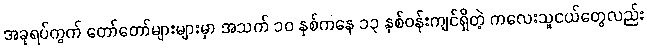
အခုရပ်ကွက် တော်တော်များများမှာ အသက် ၁၀ နှစ်ကနေ ၁၃ နှစ်ဝန်းကျင်ရှိတဲ့ ကလေးသူငယ်တွေလည်း